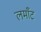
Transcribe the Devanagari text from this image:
लमाँट